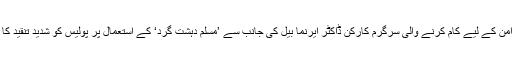
مانچیسٹر میں امن کے لیے کام کرنے والی سرگرم کارکن ڈاکٹر ایرنما بیل کی جانب سے ’مسلم دہشت گرد‘ کے استعمال پر پولیس کو شدید تنقید کا نشانہ بنایا گیا۔